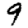
Digit: 9